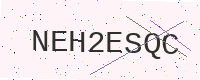
Text: NEH2ESQC